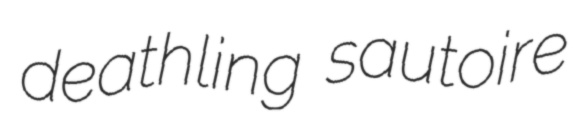
deathling sautoire